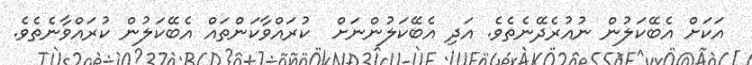
އަކަށް އެބޭކަލުން ނުއުރެދޭނެތެވެ. އަދި އެބޭކަލުންނަށް  ކުރައްވާކަންތައް އެބޭކަލުން ކުރައްވާނެތެވެ.